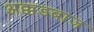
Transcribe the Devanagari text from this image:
अक्कडबाज